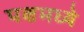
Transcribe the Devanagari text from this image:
पक्षमध्ये